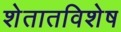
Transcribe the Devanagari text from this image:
शेतातविशेष